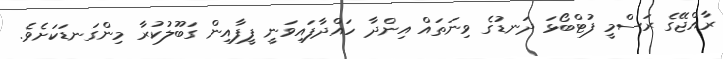
ރާއްޖޭގެ ރަސްމީ ފުޓްބޯޅަ ދަނޑުގެ ވިނަތައް އިންދާ ހައްދާފައިވަނީ ފީފާއިން ގަބޫލުކުރާ މިންގަނޑަކަށެވެ.